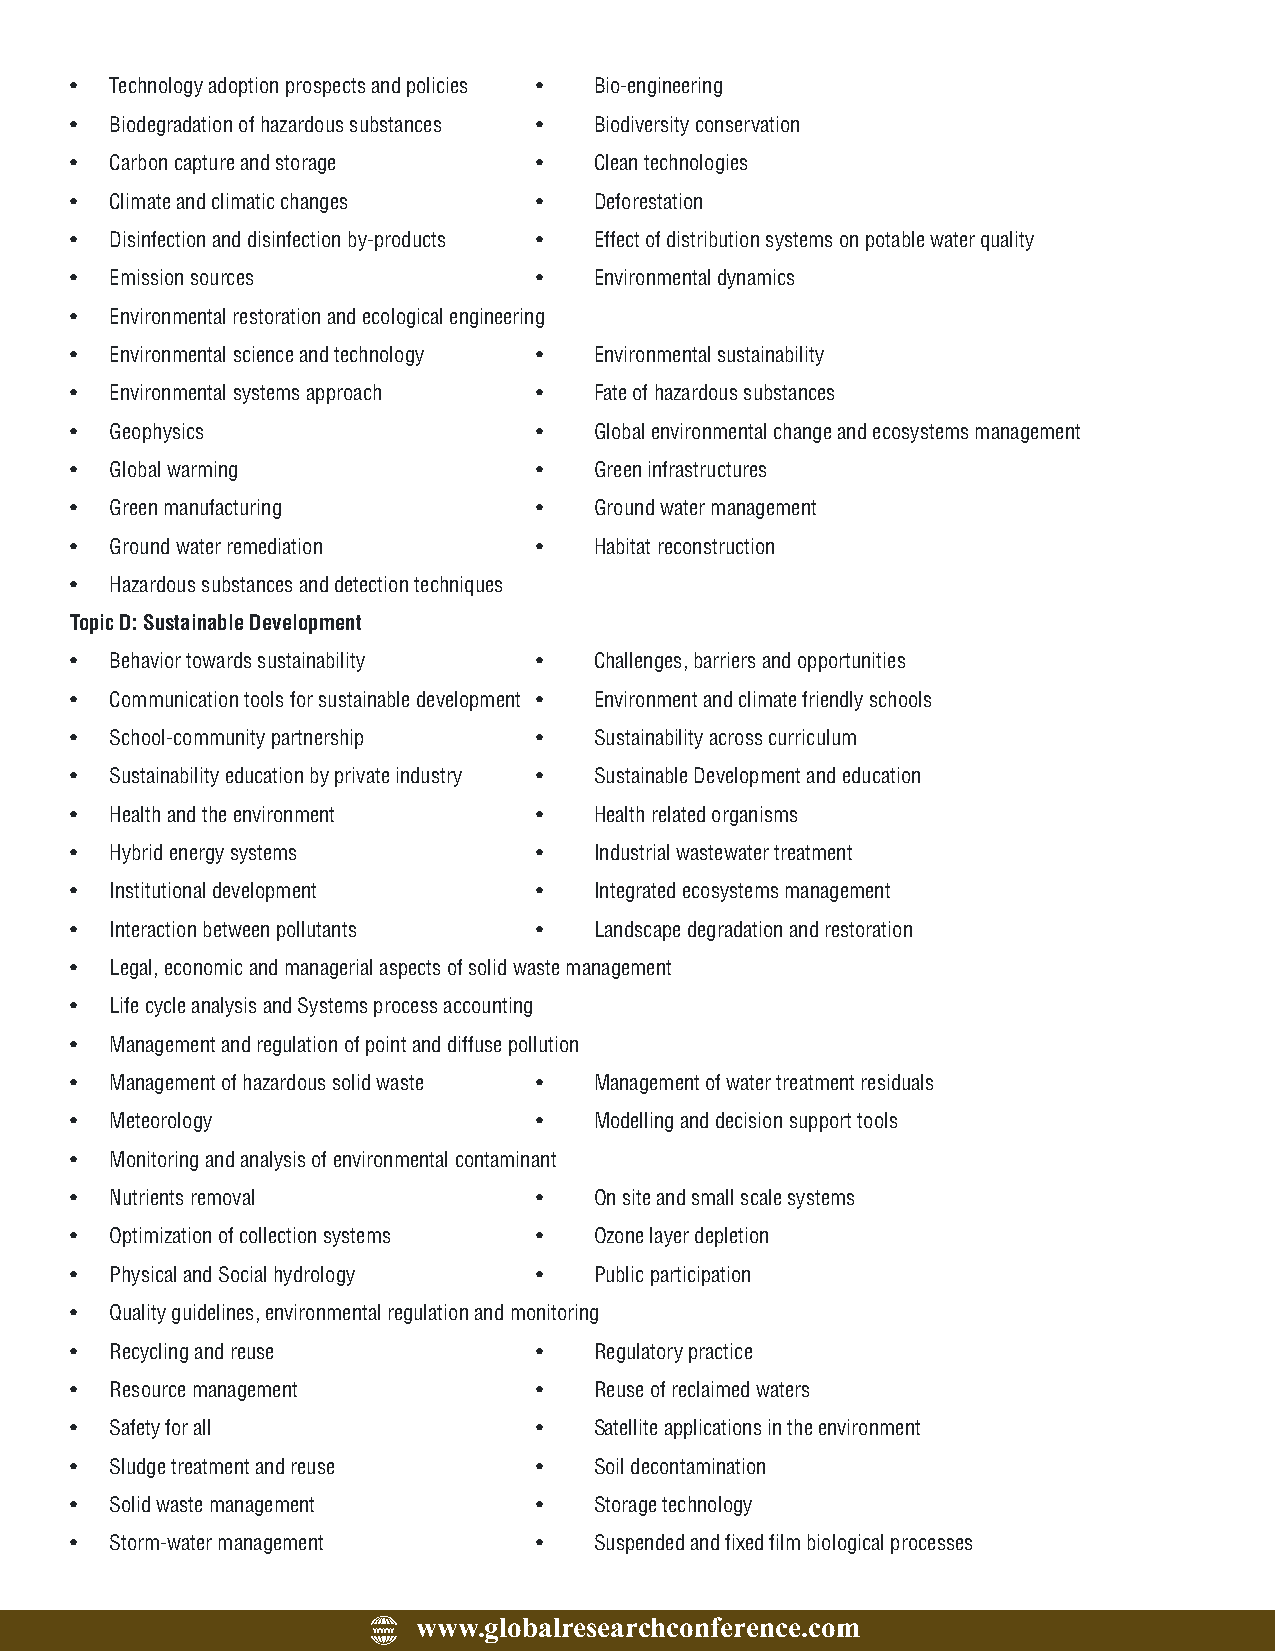
· Technology adoption prospects and policies · Bio-engineering
 · Biodegradation of hazardous substances · Biodiversity conservation
 · Carbon capture and storage  ·   Clean technologies
 · Climate and climatic changes ·  Deforestation
 · Disinfection and disinfection by-products · Effect of distribution systems on potable water quality
 · Emission sources            ·   Environmental dynamics
 · Environmental restoration and ecological engineering
 · Environmental science and technology · Environmental sustainability
 · Environmental systems approach · Fate of hazardous substances
 · Geophysics                  ·   Global environmental change and ecosystems management
 · Global warming              ·   Green infrastructures
 · Green manufacturing         ·   Ground water management
 · Ground water remediation    ·   Habitat reconstruction
 · Hazardous substances and detection techniques
 Topic D: Sustainable Development
 · Behavior towards sustainability · Challenges, barriers and opportunities
 · Communication tools for sustainable development · Environment and climate friendly schools
 · School-community partnership ·  Sustainability across curriculum
 · Sustainability education by private industry · Sustainable Development and education
 · Health and the environment  ·   Health related organisms
 · Hybrid energy systems       ·   Industrial wastewater treatment
 · Institutional development   ·   Integrated ecosystems management
 · Interaction between pollutants · Landscape degradation and restoration
 · Legal, economic and managerial aspects of solid waste management
 · Life cycle analysis and Systems process accounting
 · Management and regulation of point and diffuse pollution
 · Management of hazardous solid waste · Management of water treatment residuals
 · Meteorology                 ·   Modelling and decision support tools
 · Monitoring and analysis of environmental contaminant
 · Nutrients removal           ·   On site and small scale systems
 · Optimization of collection systems · Ozone layer depletion
 · Physical and Social hydrology · Public participation
 · Quality guidelines, environmental regulation and monitoring
 · Recycling and reuse         ·   Regulatory practice
 · Resource management         ·   Reuse of reclaimed waters
 · Safety for all              ·   Satellite applications in the environment
 · Sludge treatment and reuse  ·   Soil decontamination
 · Solid waste management      ·   Storage technology
 · Storm-water management      ·   Suspended and fixed film biological processes
 www.globalresearchconference.com
 WWW